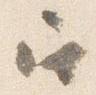
召